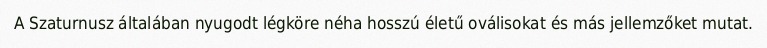
A Szaturnusz általában nyugodt légköre néha hosszú életű oválisokat és más jellemzőket mutat.